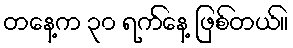
တနေ့က ၃၀ ရက်နေ့ ဖြစ်တယ်။